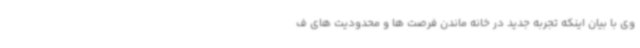
وی با بیان اینکه تجربه جدید در خانه ماندن فرصت ها و محدودیت های ف